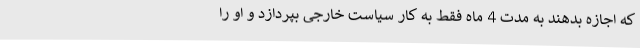
که اجازه بدهند به مدت 4 ماه فقط به کار سیاست خارجی بپردازد و او را